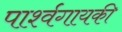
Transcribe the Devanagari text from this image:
पार्श्वगायकी